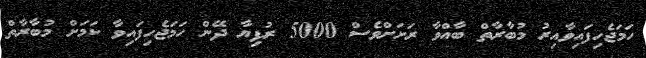
ހަމަޖެހިފައިވާއިރު މުބާރާތް ބާއްވާ ރަށަށްވެސް 5000 ރުފިޔާ ދޭން ހަމަޖެހިފައިވާ ކަމަށް މުބާރާތް